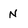
Character: N